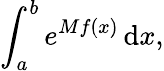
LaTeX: \int_{a}^{b}e^{Mf(x)}\, \mathrm{d}x,